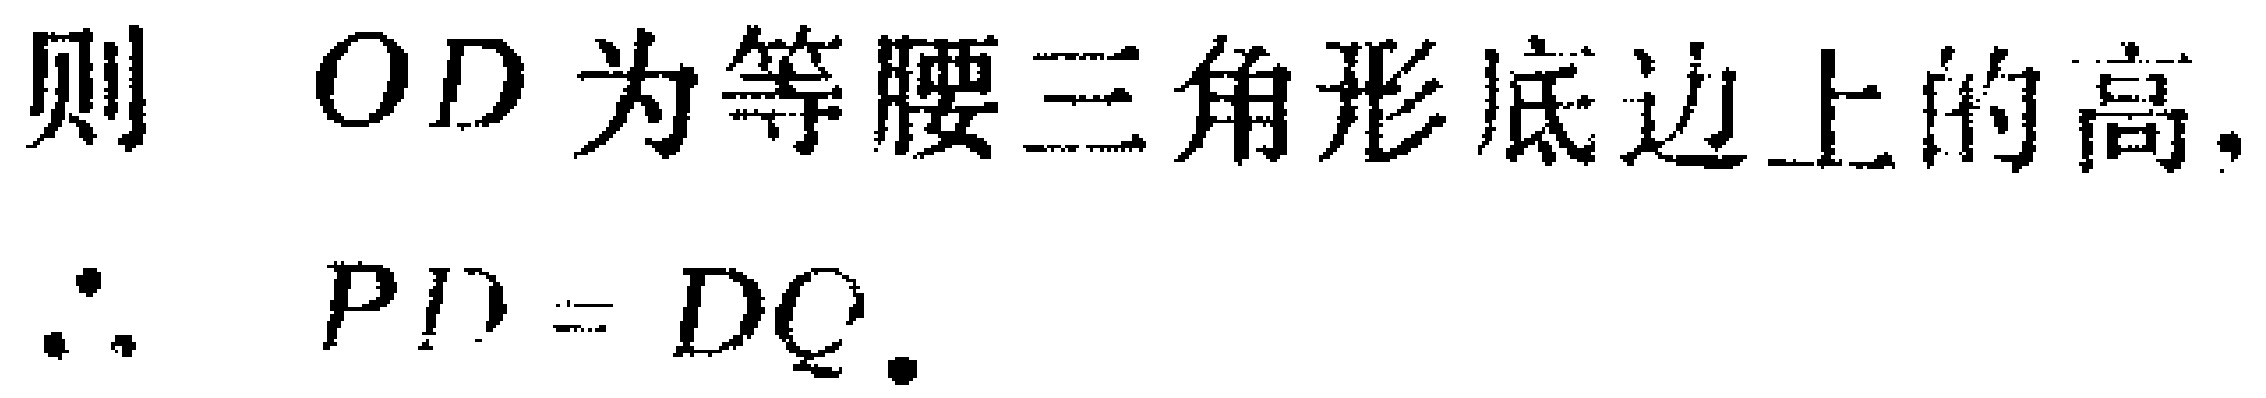
则 \(OD\) 为等腰三角形底边上的高.
\(\therefore PD = DQ\).